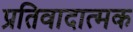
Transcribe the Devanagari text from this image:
प्रतिवादात्मक